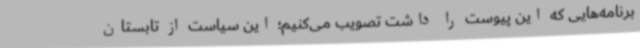
برنامه‌هایی که این پیوست را داشت تصویب می‌کنیم؛ این سیاست از تابستان